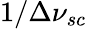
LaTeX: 1/\Delta\nu_{sc}